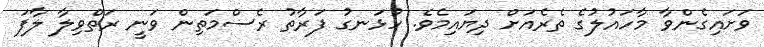
ވަށައިގެންވާ މާހައުލުގެ ތެރެއަށް ދިޔައިމެވެ. ހުޅަނގު ފަރާތު ރެސްމަތިން ވަނީ ރަތްވިލާ ލާފަ